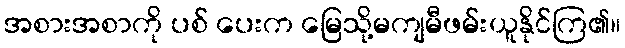
အစားအစာကို ပစ် ပေးက မြေသို့မကျမီဖမ်းယူနိုင်ကြ၏။